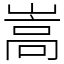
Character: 嵩